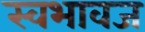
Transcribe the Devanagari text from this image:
स्वभावज